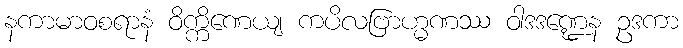
နကာမာဝစရာနံ ဝိက္ကိဏေယျ ကပိလဗြာဟ္မဏဿ ဝါဒဒဏ္ဍေန ဥဒကာ